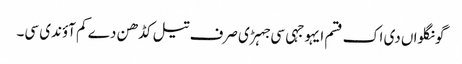
گونگلواں دی اک قسم ایہو جہی سی جہڑی صرف تیل کڈھن دے کم آؤندی سی۔